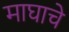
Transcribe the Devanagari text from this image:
माघाचे